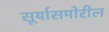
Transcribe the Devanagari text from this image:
सूर्यासमोरील